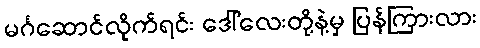
မင်္ဂဆောင်လိုက်ရင်း ဒေါ်လေးတို့နဲ့မှ ပြန်ကြားလား